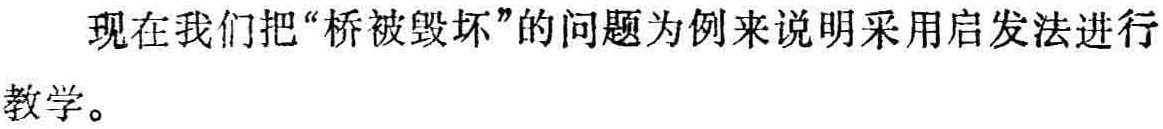
现在我们把“桥被毁坏”的问题为例来说明采用启发法进行教学。